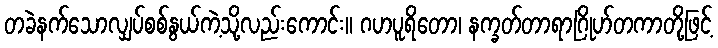
တခဲနက်သောလျှပ်စစ်နွယ်ကဲ့သို့လည်းကောင်း။ ဂဟပူရိတော၊ နက္ခတ်တာရာဂြိုဟ်တကာတို့ဖြင့်